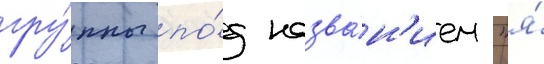
гру́ппы по́д назва́н'ием "я́